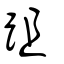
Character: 跙